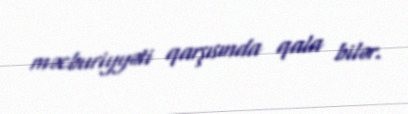
məcburiyyəti qarşısında qala bilər.